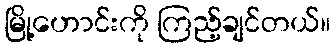
မြို့ဟောင်းကို ကြည့်ချင်တယ်။